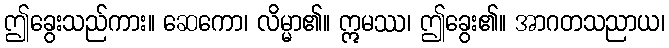
ဤခွေးသည်ကား။ ဆေကော၊ လိမ္မာ၏။ ဣမဿ၊ ဤခွေး၏။ အာဂတသညာယ၊